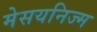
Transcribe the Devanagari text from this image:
मेसयनिज्म